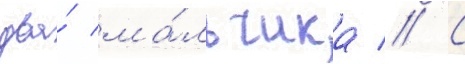
два́ ма́льчика // С